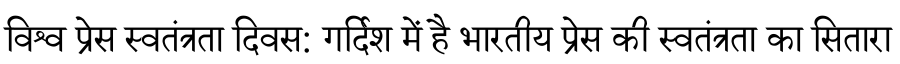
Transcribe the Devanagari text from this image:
विश्व प्रेस स्वतंत्रता दिवस: गर्दिश में है भारतीय प्रेस की स्वतंत्रता का सितारा